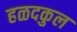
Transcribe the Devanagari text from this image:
हळदकुल